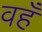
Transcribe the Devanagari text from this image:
वहँ